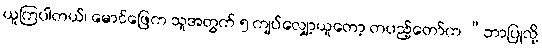
ယူကြပါတယ်၊ မောင်ဖြေက သူအတွက် ၅ ကျပ်လျှော့ယူတော့ တပည့်တော်က “ဘာပြုလို့